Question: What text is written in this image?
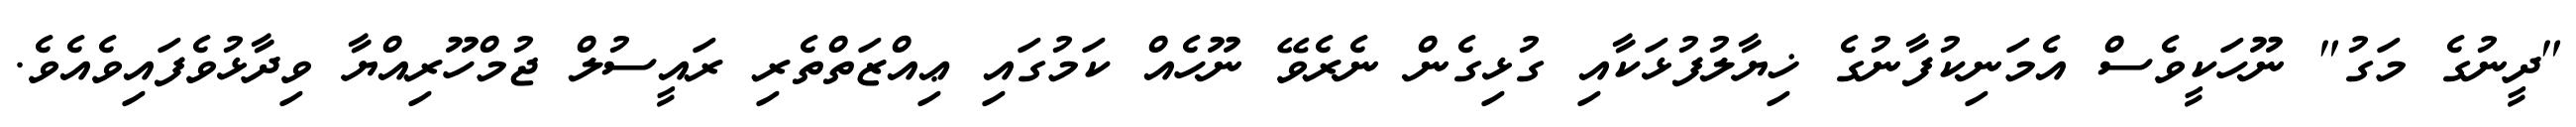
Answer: "ދީނުގެ މަގު" ނޫހަކީވެސް އެމަނިކުފާނުގެ ޚިޔާލުފުޅަކާއި ގުޅިގެން ނެރެވޭ ނޫހެއް ކަމުގައި ޢިއްޒަތްތެރި ރައީސުލް ޖުމްހޫރިއްޔާ ވިދާޅުވެފައިވެއެވެ.